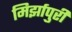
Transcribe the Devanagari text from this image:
मिर्झापुरी